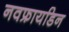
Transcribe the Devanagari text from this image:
नवफ्रायडिन